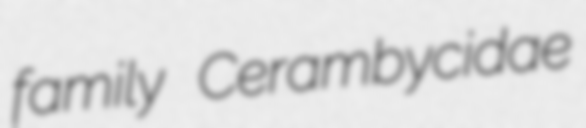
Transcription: family Cerambycidae